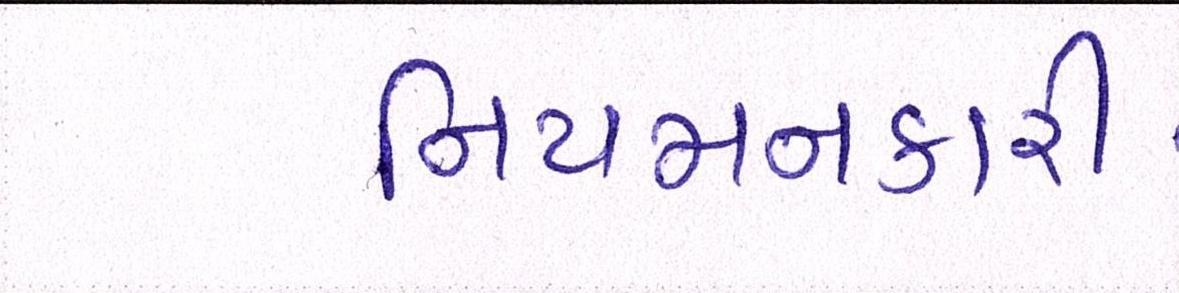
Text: નિયમનકારી